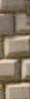
: